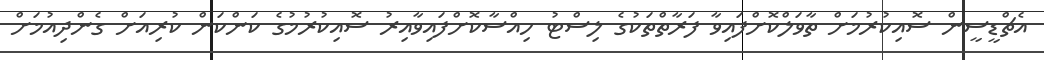
އެޗްޑީސީން ސޮއިކުރުމަށް ތާވަލްކޮށްފައިވާ ފަރާތްތަކުގެ ލިސްޓު ހިއްސާކޮށްފައިވާއިރު ސޮއިކުރުމުގެ ކަންކަން ކުރިއަށް ގެންދިއުމަށް